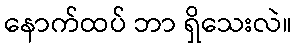
နောက်ထပ် ဘာ ရှိသေးလဲ။